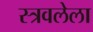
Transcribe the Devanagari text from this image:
स्त्रवलेला